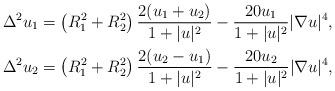
LaTeX: \begin{align*}\Delta^2 u_1 &=\left( R_1^2+R_2^2 \right) \frac{2(u_1+u_2)}{1+|u|^2}- \frac{20 u_1}{1+|u|^2}|\nabla u|^4 ,\\\Delta^2 u_2 &=\left( R_1^2+R_2^2 \right) \frac{2(u_2-u_1)}{1+|u|^2}- \frac{20 u_2}{1+|u|^2}|\nabla u|^4, \end{align*}